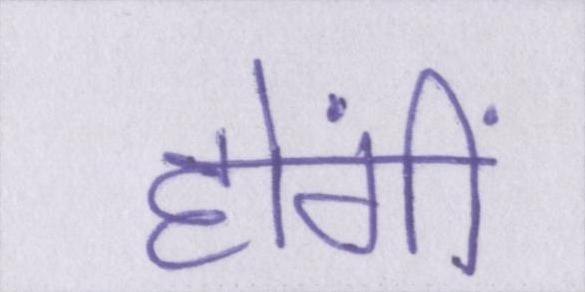
होंगीं